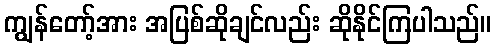
ကျွန်တော့်အား အပြစ်ဆိုချင်လည်း ဆိုနိုင်ကြပါသည်။